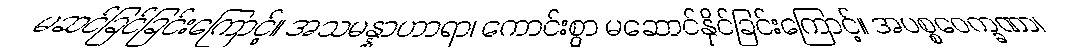
မဆင်ခြင်ခြင်းကြောင့်။ အသမန္နာဟာရာ၊ ကောင်းစွာ မဆောင်နိုင်ခြင်းကြောင့်။ အပစ္စဝေက္ခဏာ၊